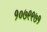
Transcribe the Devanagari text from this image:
१०७९९७१